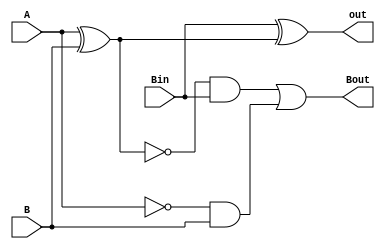
module Full_Sub(out, Bout, A, B, Bin);
	output out, Bout;
	input A, B, Bin;
	wire w_xor1, w_and1, w_and2, nw_xor1;
	xor x1(w_xor1, A, B);
	not (nw_xor1, w_xor1);
	xor x2(out, Bin, w_xor1);
	and a1(w_and1, nw_xor1, Bin);
	and a2(w_and2, ~A, B);
	or x3(Bout, w_and1, w_and2);
endmodule